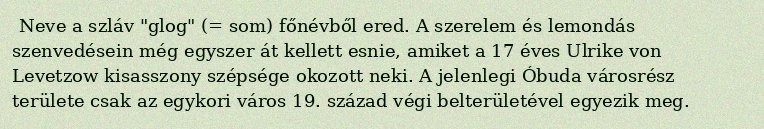
Neve a szláv "glog" (= som) főnévből ered. A szerelem és lemondás szenvedésein még egyszer át kellett esnie, amiket a 17 éves Ulrike von Levetzow kisasszony szépsége okozott neki. A jelenlegi Óbuda városrész területe csak az egykori város 19. század végi belterületével egyezik meg.